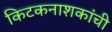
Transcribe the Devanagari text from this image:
किटकनाशकांची